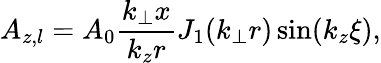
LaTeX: A_{z,l}=A_{0}\frac{k_{\perp}x}{k_{z}r}J_{1}(k_{\perp}r)\sin(k_{z}\xi),